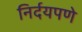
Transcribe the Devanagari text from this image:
निर्दयपणे